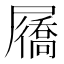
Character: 屩